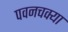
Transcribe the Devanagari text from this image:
पवनचक्या